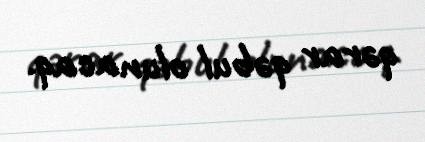
qərar qəbul olunacaq.